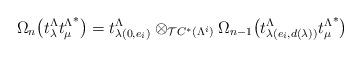
LaTeX: \begin{align*}\begin{aligned}\Omega_n\big(t_\lambda^\Lambda{t_\mu^\Lambda}^*\big)&=t_{\lambda(0,e_i)}^\Lambda\otimes_{\mathcal{T}C^*(\Lambda^i)}\Omega_{n-1}\big(t_{\lambda(e_i,d(\lambda))}^\Lambda {t_\mu^\Lambda}^*\big) \\&\end{aligned}\end{align*}